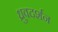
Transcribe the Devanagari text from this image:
ध्रुवदर्शन